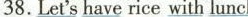
38.Let's have rice with lunch.